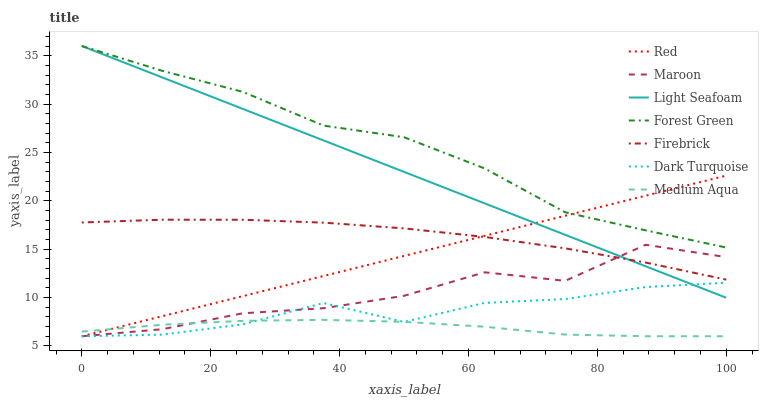
| xaxis_label | Red | Maroon | Light Seafoam | Forest Green | Firebrick | Dark Turquoise | Medium Aqua |
 | --- | --- | --- | --- | --- | --- | --- | --- |
 | 0 | 6 | 6 | 36 | 36 | 17.8 | 6 | 6.48 |
 | 12.5 | 8.08 | 6.73 | 32.7 | 33.4 | 18 | 6.17 | 7.19 |
 | 25 | 10.2 | 8.38 | 29.5 | 31.3 | 18 | 7.24 | 7.59 |
 | 37.5 | 12.2 | 8.9 | 26.2 | 27.8 | 17.7 | 9.43 | 7.7 |
 | 50 | 14.3 | 10.2 | 23 | 26.6 | 17.2 | 7.48 | 7.49 |
 | 62.5 | 16.4 | 12.6 | 19.7 | 23.3 | 16.3 | 9.45 | 6.98 |
 | 75 | 18.5 | 11.7 | 16.5 | 18.8 | 15.1 | 9.84 | 6.17 |
 | 87.5 | 20.5 | 15.5 | 13.2 | 16.9 | 13.6 | 11.1 | 6 |
 | 100 | 22.6 | 14.2 | 9.98 | 15.2 | 11.9 | 11.5 | 6 |